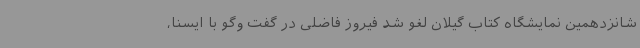
شانزدهمین نمایشگاه کتاب گیلان لغو شد فیروز فاضلی در گفت وگو با ایسنا،